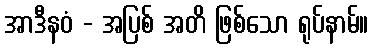
အာဒီနဝံ - အပြစ် အတိ ဖြစ်သော ရုပ်နာမ်။